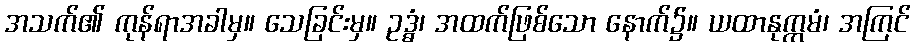
အသက်၏ ကုန်ရာအခါမှ။ သေခြင်းမှ။ ဥဒ္ဓံ၊ အထက်ဖြစ်သော နောက်၌။ ယထာနုက္ကမံ၊ အကြင်